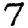
Digit: 7